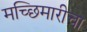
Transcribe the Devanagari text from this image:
मच्छिमारीचा